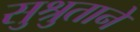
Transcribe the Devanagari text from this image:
सुश्रुताने